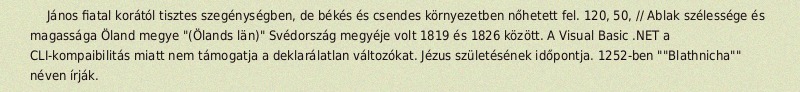
János fiatal korától tisztes szegénységben, de békés és csendes környezetben nőhetett fel. 120, 50, // Ablak szélessége és magassága Öland megye "(Ölands län)" Svédország megyéje volt 1819 és 1826 között. A Visual Basic .NET a CLI-kompaibilitás miatt nem támogatja a deklarálatlan változókat. Jézus születésének időpontja. 1252-ben ""Blathnicha"" néven írják.